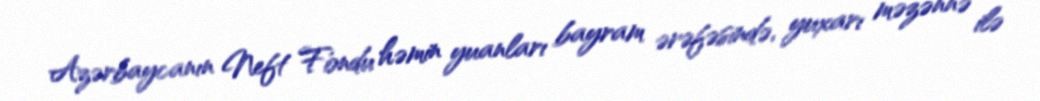
Azərbaycanın Neft Fondu həmin yuanları bayram ərəfəsində, yuxarı məzənnə ilə